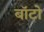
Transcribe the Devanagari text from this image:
बाॅटो